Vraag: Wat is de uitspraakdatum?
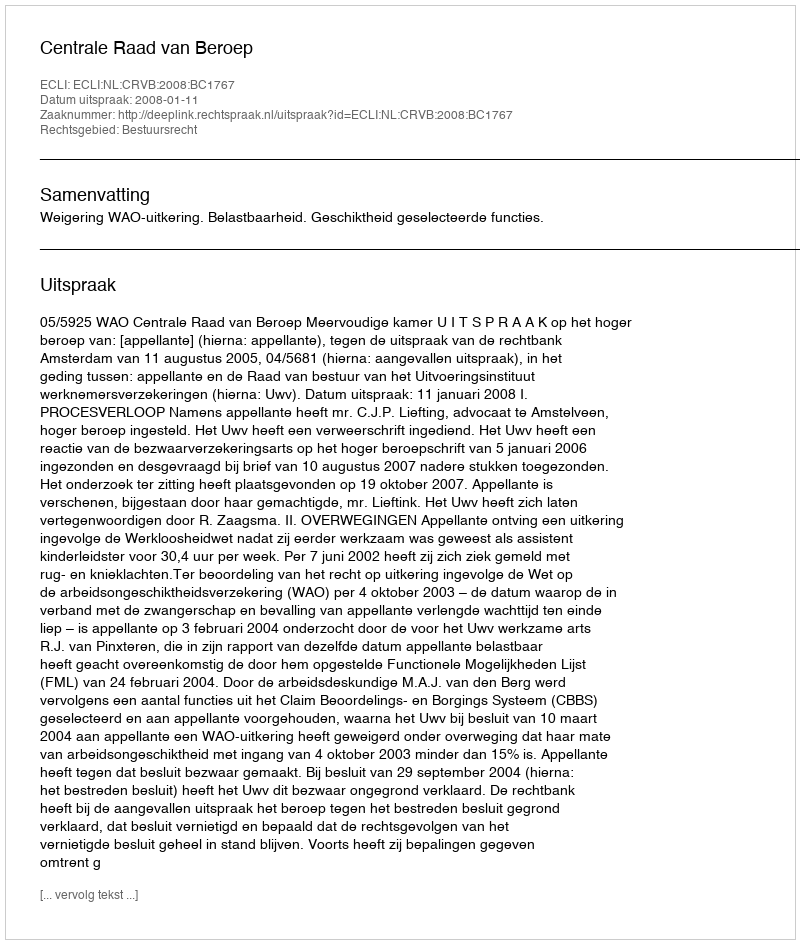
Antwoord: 2008-01-11